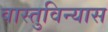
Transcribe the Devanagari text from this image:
वास्तुविन्यास